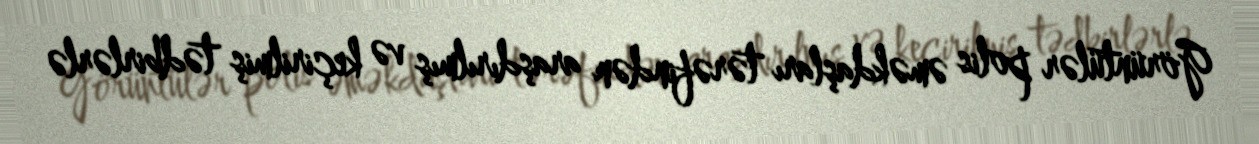
Görüntülər polis əməkdaşları tərəfindən araşdırılmış və keçirilmiş tədbirlərlə